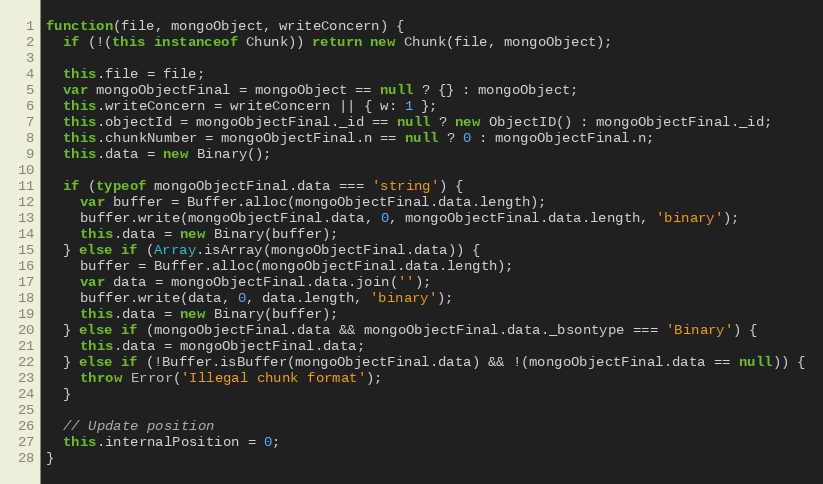
Language: JavaScript
function(file, mongoObject, writeConcern) {
  if (!(this instanceof Chunk)) return new Chunk(file, mongoObject);

  this.file = file;
  var mongoObjectFinal = mongoObject == null ? {} : mongoObject;
  this.writeConcern = writeConcern || { w: 1 };
  this.objectId = mongoObjectFinal._id == null ? new ObjectID() : mongoObjectFinal._id;
  this.chunkNumber = mongoObjectFinal.n == null ? 0 : mongoObjectFinal.n;
  this.data = new Binary();

  if (typeof mongoObjectFinal.data === 'string') {
    var buffer = Buffer.alloc(mongoObjectFinal.data.length);
    buffer.write(mongoObjectFinal.data, 0, mongoObjectFinal.data.length, 'binary');
    this.data = new Binary(buffer);
  } else if (Array.isArray(mongoObjectFinal.data)) {
    buffer = Buffer.alloc(mongoObjectFinal.data.length);
    var data = mongoObjectFinal.data.join('');
    buffer.write(data, 0, data.length, 'binary');
    this.data = new Binary(buffer);
  } else if (mongoObjectFinal.data && mongoObjectFinal.data._bsontype === 'Binary') {
    this.data = mongoObjectFinal.data;
  } else if (!Buffer.isBuffer(mongoObjectFinal.data) && !(mongoObjectFinal.data == null)) {
    throw Error('Illegal chunk format');
  }

  // Update position
  this.internalPosition = 0;
}